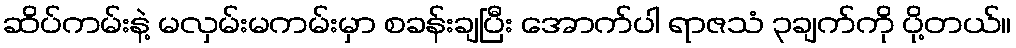
ဆိပ်ကမ်းနဲ့ မလှမ်းမကမ်းမှာ စခန်းချပြီး အောက်ပါ ရာဇသံ ၃ချက်ကို ပို့တယ်။